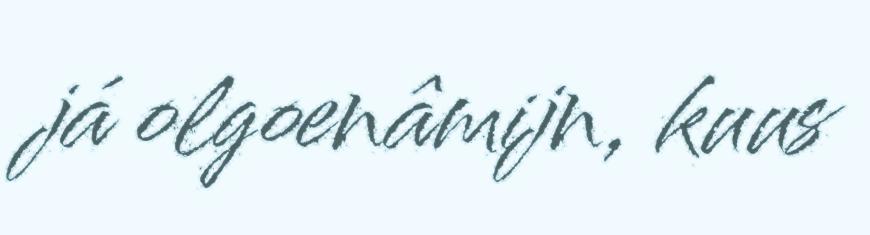
já olgoenâmijn, kuus